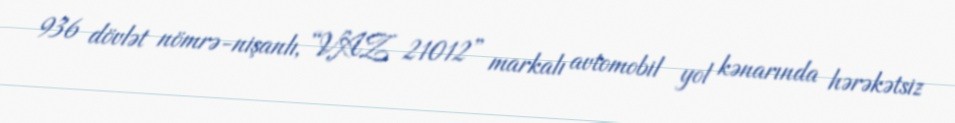
936 dövlət nömrə-nişanlı, “VAZ 21012” markalı avtomobil yol kənarında hərəkətsiz